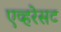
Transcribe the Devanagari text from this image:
एव्हरेसट